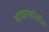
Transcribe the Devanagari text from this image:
व्याकरणनिर्देश